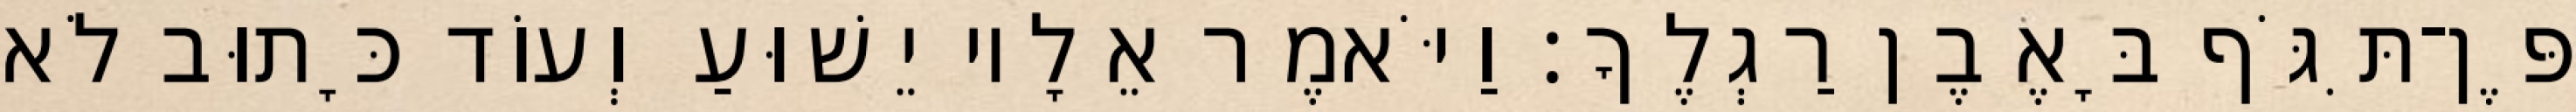
פֶּן־תִּגֹּף בָּאֶבֶן רַגְלֶךָ׃ וַיֹּאמֶר אֵלָיו יֵשׁוּעַ וְעוֹד כָּתוּב לֹא